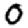
Digit: 0